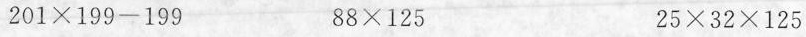
$$2 0 1 \times 1 9 9 - 1 9 9$$ $$ 8 8 \times 1 2 5$$ $$2 5 \times 3 2 \times 1 2 5$$